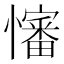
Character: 𪬺